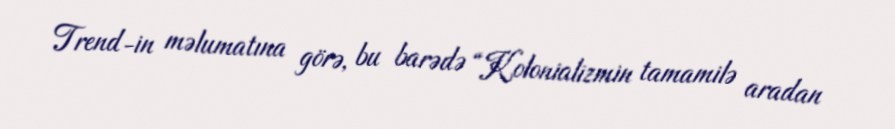
Trend-in məlumatına görə, bu barədə “Kolonializmin tamamilə aradan